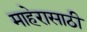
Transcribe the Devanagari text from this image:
माहेरासाठी